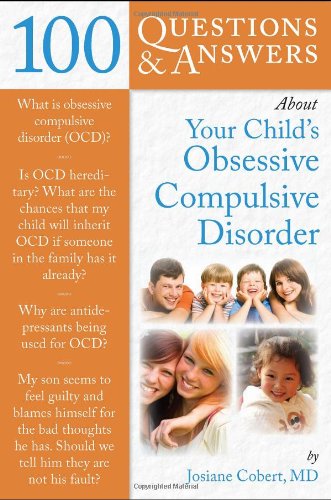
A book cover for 100 Questions  &  Answers About Your Child's Obsessive Compulsive Disorder; Josiane Cobert; Health, Fitness & Dieting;